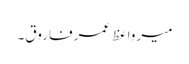
میرواعظ عمرفاروق۔